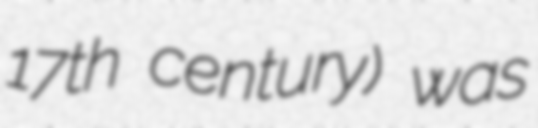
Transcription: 17th century) was